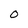
Character: 0